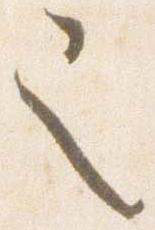
也